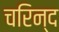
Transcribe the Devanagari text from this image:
चरिन्द